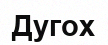
Дугох